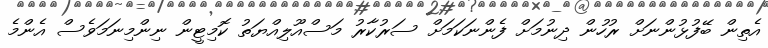
އެތިން ބޭފުޅުންނަށް ރުހުން ދިނުމަށް ފެންނަކަމަށް ސަރުކާރު މަސްއޫލިއްޔަތު ކޮމިޓީން ނިންމިނަމަވެސް އެންމެ